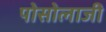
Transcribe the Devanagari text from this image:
पोसोलाजी